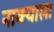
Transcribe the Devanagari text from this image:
नाक्याला